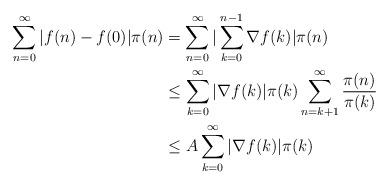
LaTeX: \begin{align*}\sum_{n=0}^\infty |f(n)-f(0)|\pi(n)& =\sum_{n=0}^\infty |\sum_{k=0}^{n-1} \nabla f(k)|\pi(n) \\& \leq \sum_{k=0}^\infty |\nabla f(k)| \pi(k) \sum_{n =k+1}^\infty \frac{\pi(n)}{\pi(k)} \\& \leq A \sum_{k=0}^\infty |\nabla f(k)| \pi(k)\end{align*}